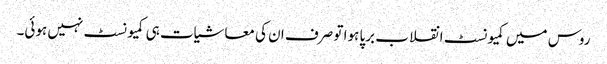
روس میں کمیونسٹ انقلاب برپا ہوا تو صرف ان کی معاشیات ہی کمیونسٹ نہیں ہوئی۔